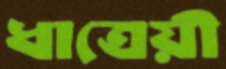
ধাত্রেয়ী